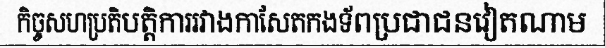
កិច្ចសហប្រតិបត្តិការរវាងកាសែតកងទ័ពប្រជាជនវៀតណាម